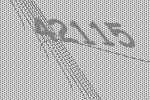
42115